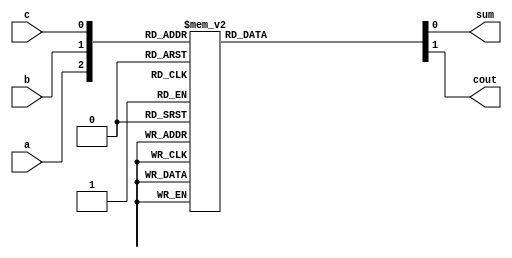
`timescale 1ns / 1ps
//////////////////////////////////////////////////////////////////////////////////
// Company: 
// Engineer: 
// 
// Design Name: 
// Module Name: fulladderbehavioral
// Project Name: 
// Target Devices: 
// Tool Versions: 
// Description: 
// 
// Dependencies: 
// 
// Revision:
// Revision 0.01 - File Created
// Additional Comments:
// 
//////////////////////////////////////////////////////////////////////////////////

/*BEHAVIORAL MODEL OF FULL ADDER*/
module fulladderbehavioral(a,b,c,sum,cout);
input a,b,c;
output reg sum,cout;
always @(*)
      
      case({a,b,c})
      3'b000: begin  sum=0;cout=0; end
      3'b001: begin  sum=1;cout=0; end
      3'b010: begin  sum=1;cout=0; end
      3'b011: begin  sum=0;cout=1; end
      3'b100: begin  sum=1;cout=0; end
      3'b101: begin  sum=0;cout=1; end
      3'b110: begin  sum=0;cout=1; end
      3'b111: begin  sum=1;cout=1; end
      default: begin  sum=0;cout=0; end
      endcase
endmodule